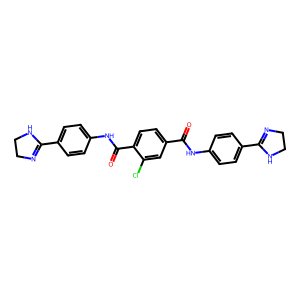
SMILES: O=C(Nc1ccc(C2=NCCN2)cc1)c1ccc(C(=O)Nc2ccc(C3=NCCN3)cc2)c(Cl)c1
Inhibits HIV replication: No